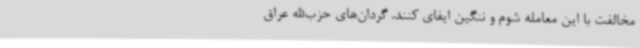
مخالفت با این معامله شوم و ننگین ایفای کنند. گردان‌های حزب‌الله عراق